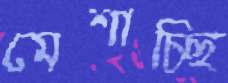
মেশাচ্ছি